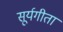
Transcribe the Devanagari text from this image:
सूर्यगीता